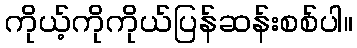
ကိုယ့်ကိုကိုယ်ပြန်ဆန်းစစ်ပါ။